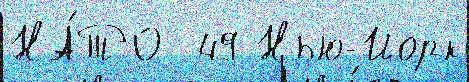
НА́ТО  49 Нью-Йорк